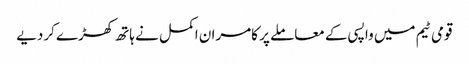
قومی ٹیم میں واپسی کے معاملے پر کامران اکمل نے ہاتھ کھڑے کردیے